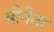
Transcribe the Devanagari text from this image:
मोनेता